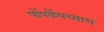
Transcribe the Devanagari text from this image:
पॉपकॅपच्याच